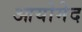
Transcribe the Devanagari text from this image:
आयोमेद